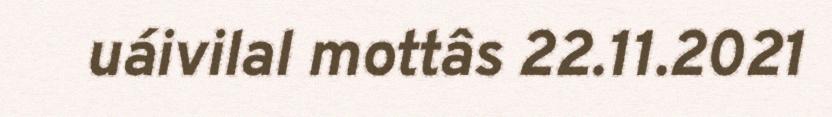
uáivilal mottâs 22.11.2021